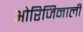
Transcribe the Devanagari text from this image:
ओरिजिनाली